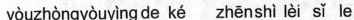
yòuzhòngyòuyìng de ké zhēnshì lèi sǐ le